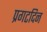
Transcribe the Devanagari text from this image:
प्रगटदिन